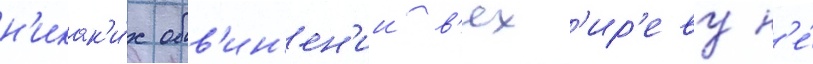
н'икак'и́х обв'ин'ен'ии в'ях'ир'еву н'е́